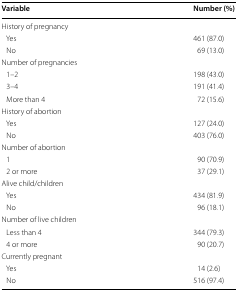
<table><thead><tr><td><b>Variable</b></td><td><b>Number (%)</b></td></tr></thead><tbody><tr><td colspan="2">History of pregnancy</td></tr><tr><td> Yes</td><td>461 (87.0)</td></tr><tr><td> No</td><td>69 (13.0)</td></tr><tr><td colspan="2">Number of pregnancies</td></tr><tr><td> 1–2</td><td>198 (43.0)</td></tr><tr><td> 3–4</td><td>191 (41.4)</td></tr><tr><td> More than 4</td><td>72 (15.6)</td></tr><tr><td colspan="2">History of abortion</td></tr><tr><td> Yes</td><td>127 (24.0)</td></tr><tr><td> No</td><td>403 (76.0)</td></tr><tr><td colspan="2">Number of abortion</td></tr><tr><td> 1</td><td>90 (70.9)</td></tr><tr><td> 2 or more</td><td>37 (29.1)</td></tr><tr><td colspan="2">Alive child/children</td></tr><tr><td> Yes</td><td>434 (81.9)</td></tr><tr><td> No</td><td>96 (18.1)</td></tr><tr><td colspan="2">Number of live children</td></tr><tr><td> Less than 4</td><td>344 (79.3)</td></tr><tr><td> 4 or more</td><td>90 (20.7)</td></tr><tr><td colspan="2">Currently pregnant</td></tr><tr><td> Yes</td><td>14 (2.6)</td></tr><tr><td> No</td><td>516 (97.4)</td></tr></tbody></table>